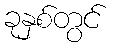
ခုနှစ်တွင်